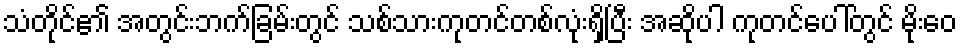
သံတိုင်၏ အတွင်းဘက်ခြမ်းတွင် သစ်သားကုတင်တစ်လုံးရှိပြီး အဆိုပါ ကုတင်ပေါ်တွင် မိုးဝေ